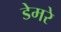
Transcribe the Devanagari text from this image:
डेमरे